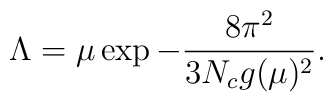
\Lambda = \mu \exp - \frac {8 \pi^2}{3 N_c g(\mu)^2}.